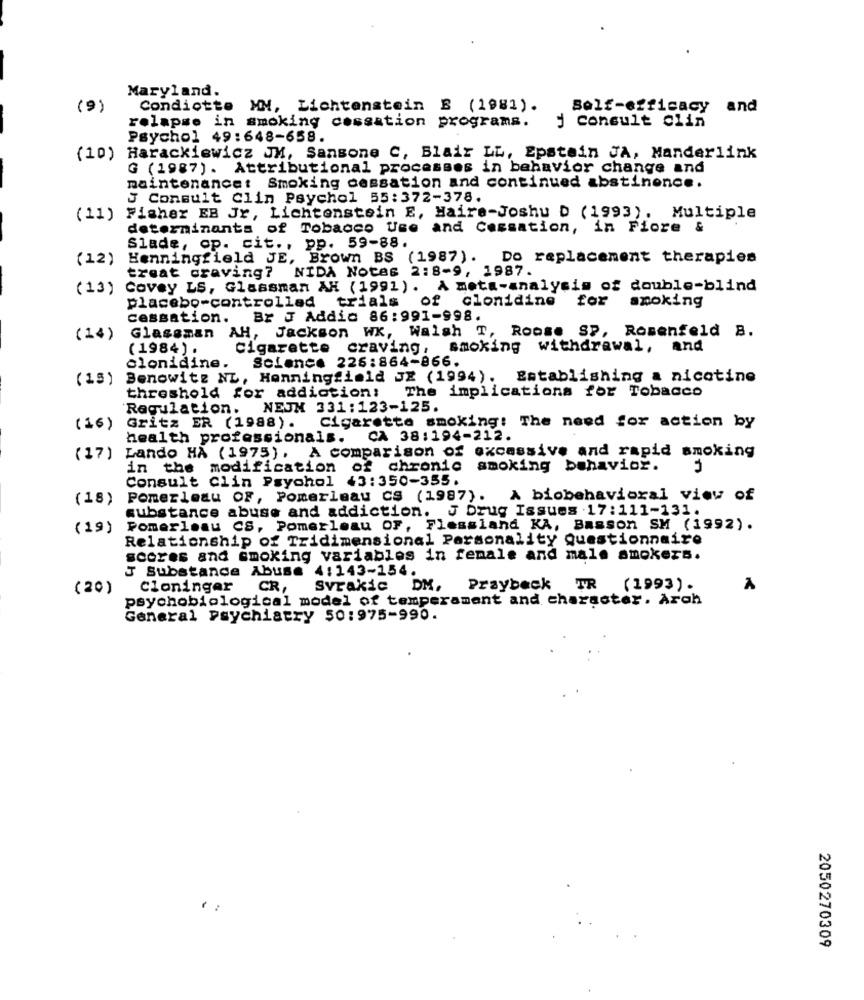
Maryland.
(9)
Condiotte MN, Lichtenstein E (1981).
Self-efficacy and
relapse in smoking cessation programs.
j consult clin
Psychol 49:648-658.
(10)
Harackiewicz JM, Sansone C, Blair LL, Epstein JA, Manderlink
G (1987). Attributional processes in behavior change and
maintenancet Smoking cessation and continued abstinence.
J Consult Clin Psychol 55:372-378.
(11)
Fisher EB Jr, Lichtenstein E, Haire-Joshu D (1993). Multiple
determinants of Tobacco Use and Cessation, in Fiore &
Slade, op. cit ., pp. 59-88.
(12)
Henningfield JE, Brown BS (1987).
Do replacement therapies
treat craving? NIDA Notes 2:8-9, 1987.
(13) Covey LS, Glassman AH (1991). A meta-analysis of double-blind
placebo-controlled trials of clonidine for smoking
cessation. Br J Addic 86:991-998.
Glassman AH, Jackson WX, Walsh T, Roose SP, Rosenfeld B.
(14)
(1984) .
Cigarette craving, smoking withdrawal, and
Science 226:864-866.
clonidine.
(15)
Benowitz NL, Honningfield JE (1994).
Establishing a nicotine
threshold for addiction: The implications for Tobacco
Regulation. NEJM 331:123-125.
Cigarette smoking: The need for action by
(16)
Gritz ER (1988) .
health professionals.
CA 38:194-212.
(17) Lando HA (1975), A comparison of excessive and rapid smoking
U
in the modification of chronic smoking behavior.
Consult Clin Psychol 43:350-355.
(18)
Pomerleau OF, Pomerleau CS (1987).
& biobehavioral view of
substance abuse and addiction. J brug Issues .17:111-131.
(19)
Pomerleau CS, Pomerleau OF, Flessland KA, Basson SM (1992).
Relationship of Tridimensional Personality questionnaire
scores and smoking variables in female and male smokers.
J Substance Abuse 4:143-154.
(20)
Cloninger CR,
Svrakic DM.
Praybeck TR (1993).
psychobiological model of temperament and character. Arch
General Psychiatry 50:975-990.
2050270309